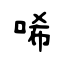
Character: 唏